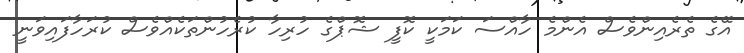
އޭގެ ތެރެއިންވެސް އެންމެ ހާއްސަ ކަމަކީ ކޮފީ ޝޮޕްގެ ހުރިހާ ކުރެހުންތަކެއްވެސް ކުރަހާފައިވަނީ